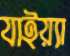
যাইয়্যা